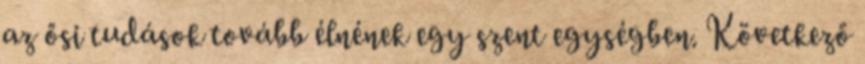
az ősi tudások tovább élnének egy szent egységben. Következő